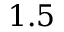
1 . 5